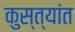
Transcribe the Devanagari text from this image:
कुस्त्यांत